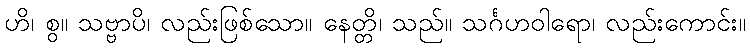
ဟိ၊ စွ။ သဗ္ဗာပိ၊ လည်းဖြစ်သော။ နေတ္တိ၊ သည်။ သင်္ဂဟဝါရော၊ လည်းကောင်း။